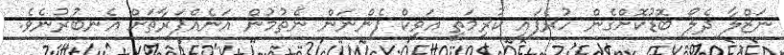
ނަޒްލާ ދެލޯ ބޮޑުކޮށްގެން ހުރެފައި ކުރިމަތީ އަވިކް ފެންނަން ނެތުމުން އަނެއްފަރާތަށް އެނބުރުނެވެ.